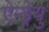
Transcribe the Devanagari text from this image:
ऐन्ड्रेयु